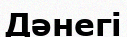
Дәнегі